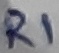
Text: R1